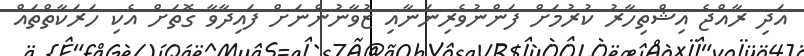
އަދި ރާއްޖެ އިޝްތިހާރު ކުރުމަށް ފަންނުވެރިނަނާއި ޒުވާނުންނަށް ފައިދާވާ ގޮތަށް އެކި ހަރަކާތްތައް